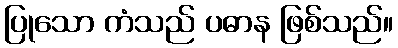
ပြုသော ကံသည် ပဓာန ဖြစ်သည်။